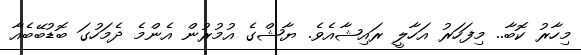
މިހާރު ކޮބާ.. މިފަހަރު އަހާލީ ރައިޝާއެވެ. ޔާޝްގެ އުމުރުން އެންމެ ދެމަހުގަ ބޮޑުބޭބެއާ